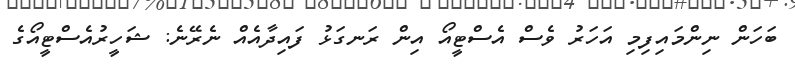
ބަހަން ނިންމައިފިމި އަހަރު ވެސް އެސްޓީއޯ އިން ރަނގަޅު ފައިދާއެއް ނެރޭނެ: ޝަހީރުއެސްޓީއޯގެ